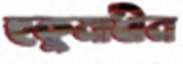
হুকুমাধীন